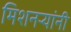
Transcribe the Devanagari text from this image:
मिशनर्‍यांनी